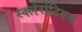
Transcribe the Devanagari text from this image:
स्क्लेरोटियम